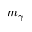
m _ { \gamma }